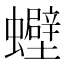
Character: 𧕀